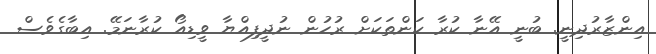
އިންޒާރުދިނީ. ބުނީ އޭނާ ކުރާ ކަންތަކަށް ރުހުން ނުދީފިއްޔާ ވީޑިއޯ ކުރާނަމޭ. އިބާގެވެސް